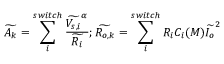
\widetilde { A _ { k } } = \sum _ { i } ^ { s w i t c h } \frac { \widetilde { V _ { s , i } } ^ { \alpha } } { \widetilde { R _ { i } } } ; \widetilde { R _ { o , k } } = \sum _ { i } ^ { s w i t c h } R _ { i } C _ { i } ( M ) \widetilde { I _ { o } } ^ { 2 }